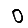
Digit: 0